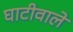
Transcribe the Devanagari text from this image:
घाटीवाले